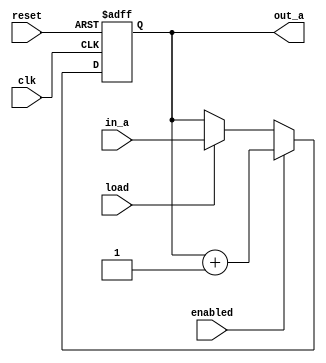
module counter (
  input   clk,
  input   enabled,
  input   reset,
  input   load,
  input   [11:0] in_a,
  output  [11:0] out_a);

always @ (posedge clk or posedge reset) begin
  if (reset) begin
  out_a <= 12'b0;
  end
  else if (enabled) begin
  out_a <= out_a + 1;
  end
  else if (load) begin
  out_a <= in_a;
  end
end
endmodule